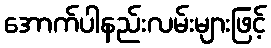
အောက်ပါနည်းလမ်းများဖြင့်